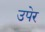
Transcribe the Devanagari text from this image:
उपेर